Rangoon Lunatic Asylum 1893-1897 - 1893-1897
Year: 1893
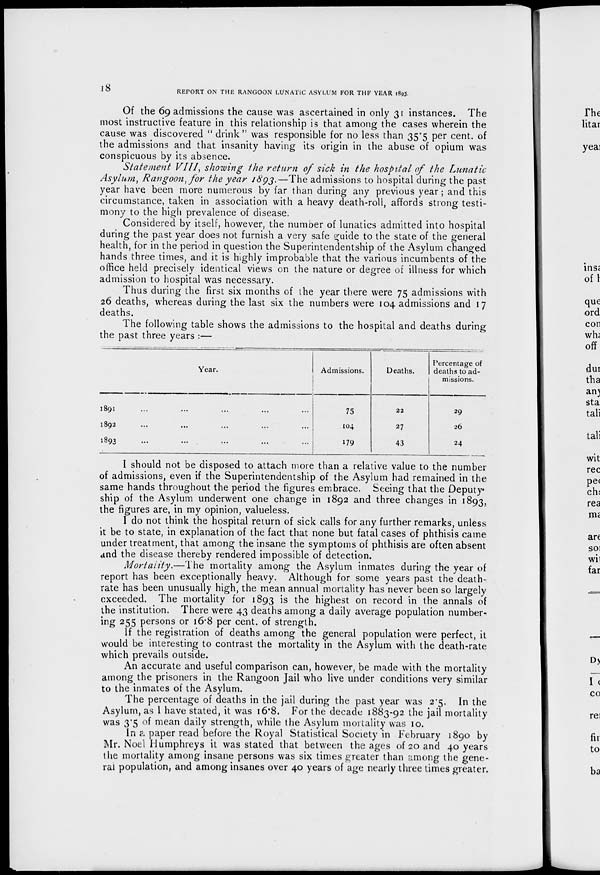
18
REPORT ON THE RANGOON LUNATIC ASYLUM FOR THE YEAR 1893.
Of the 69 admissions the cause was ascertained in only 31 instances. The
most instructive feature in this relationship is that among the cases wherein the
cause was discovered " drink " was responsible for no less than 35.5 per cent. of
the admissions and that insanity having its origin in the abuse of opium was
conspicuous by its absence.
Statement VIII, showing the return of sick in the hospital of the Lunatic
Asylum, Rangoon, for the year 1893.—The admissions to hospital during the past
year have been more numerous by far than during any previous year; and this
circumstance, taken in association with a heavy death-roll, affords strong testi-
mony to the high prevalence of disease.
Considered by itself, however, the number of lunatics admitted into hospital
during the past year does not furnish a very safe guide to the state of the general
health, for in the period in question the Superintendentship of the Asylum changed
hands three times, and it is highly improbable that the various incumbents of the
office held precisely identical views on the nature or degree of illness for which
admission to hospital was necessary.
Thus during the first six months of the year there were 75 admissions with
26 deaths, whereas during the last six the numbers were 104 admissions and 17
deaths.
The following table shows the admissions to the hospital and deaths during
the past three years :—
Year.
1891 ... ... ... ... ...
1892 ... ... ... ... ...
1893 ... ... ... ... ...
Admissions.
75
104
179
Deaths.
22
27
43
Percentage of
deaths to ad-
missions.
29
26
24
I should not be disposed to attach more than a relative value to the number
of admissions, even if the Superintendentship of the Asylum had remained in the
same hands throughout the period the figures embrace. Seeing that the Deputy-
ship of the Asylum underwent one change in 1892 and three changes in 1893,
the figures are, in my opinion, valueless.
I do not think the hospital return of sick calls for any further remarks, unless
it be to state, in explanation of the fact that none but fatal cases of phthisis came
under treatment, that among the insane the symptoms of phthisis are often absent
and the disease thereby rendered impossible of detection.
Mortality.—The
mortality among the Asylum inmates during the year of
report has been exceptionally heavy. Although for some years past the death-
rate has been unusually high, the mean annual mortality has never been so largely
exceeded. The mortality for 1893 is the highest on record in the annals of
the institution. There were 43 deaths among a daily average population number-
ing 255 persons or 16.8 per cent. of strength.
If the registration of deaths among the general population were perfect, it
would be interesting to contrast the mortality in the Asylum with the death-rate
which prevails outside.
An accurate and useful comparison can, however, be made with the mortality
among the prisoners in the Rangoon Jail who live under conditions very similar
to the inmates of the Asylum.
The percentage of deaths in the jail during the past year was 2.5. In the
Asylum, as I have stated, it was 16.8. For the decade 1883-92 the jail mortality
was 3.5 of mean daily strength, while the Asylum mortality was 10.
In a paper read before the Royal Statistical Society in February 1890 by
Mr. Noel Humphreys it was stated that between the ages of 20 and 40 years
the mortality among insane persons was six times greater than among the gene-
ral population, and among insanes over 40 years of age nearly three times greater.